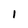
Character: I